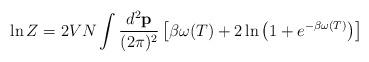
LaTeX: \begin{align*}\ln Z = 2VN \int {d^2 {\bf p} \over (2 \pi)^2} \left[ \beta \omega (T)+ 2 \ln \left( 1 + e^{- \beta \omega (T)} \right) \right]\end{align*}